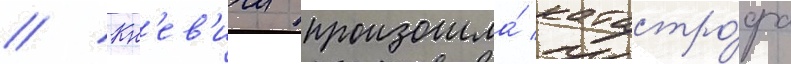
// Кн'ев'ичи произошла́ катастро́фа